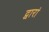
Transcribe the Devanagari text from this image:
द्वारां